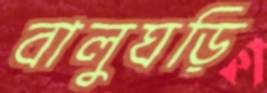
বালুঘড়ি